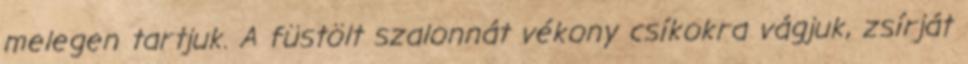
melegen tartjuk. A füstölt szalonnát vékony csíkokra vágjuk, zsírját